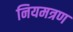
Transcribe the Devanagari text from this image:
नियमत्रण